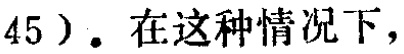
45）. 在这种情况下，